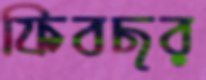
ফিবছর